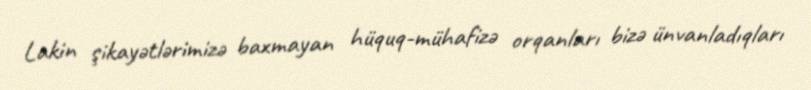
Lakin şikayətlərimizə baxmayan hüquq-mühafizə orqanları bizə ünvanladıqları